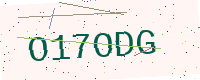
Text: O17ODG